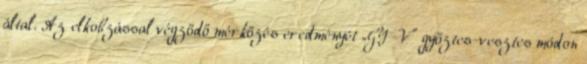
által. Az elkobzással végződő mérkőzés eredményét „GY-V” győztes-vesztes módon